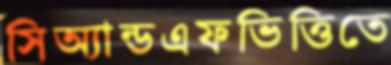
সিঅ্যান্ডএফভিত্তিতে